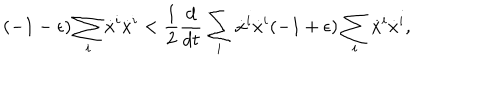
LaTeX: ( - 1 - \epsilon ) \sum _ { i } \dot { x } ^ { i } \dot { x } ^ { i } < \frac { 1 } { 2 } \frac { d } { d t } \sum _ { i } \dot { x } ^ { i } \dot { x } ^ { i } ( - 1 + \epsilon ) \sum _ { i } \dot { x } ^ { i } \dot { x } ^ { i } ,